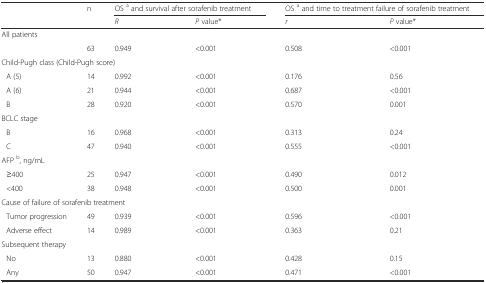
<table><thead><tr><td rowspan="2"></td><td rowspan="2"><b>n</b></td><td colspan="2"><b>OS <sup>a</sup> and survival after sorafenib treatment</b></td><td colspan="2"><b>OS <sup>a</sup> and time to treatment failure of sorafenib treatment</b></td></tr><tr><td><b><i>R</i></b></td><td><b><i>P</i> value*</b></td><td><b><i>r</i></b></td><td><b><i>P</i> value*</b></td></tr></thead><tbody><tr><td colspan="6">All patients</td></tr><tr><td></td><td>63</td><td>0.949</td><td>&lt;0.001</td><td>0.508</td><td>&lt;0.001</td></tr><tr><td colspan="6">Child-Pugh class (Child-Pugh score)</td></tr><tr><td>A (5)</td><td>14</td><td>0.992</td><td>&lt;0.001</td><td>0.176</td><td>0.56</td></tr><tr><td>A (6)</td><td>21</td><td>0.944</td><td>&lt;0.001</td><td>0.687</td><td>&lt;0.001</td></tr><tr><td>B</td><td>28</td><td>0.920</td><td>&lt;0.001</td><td>0.570</td><td>0.001</td></tr><tr><td colspan="6">BCLC stage</td></tr><tr><td>B</td><td>16</td><td>0.968</td><td>&lt;0.001</td><td>0.313</td><td>0.24</td></tr><tr><td>C</td><td>47</td><td>0.940</td><td>&lt;0.001</td><td>0.555</td><td>&lt;0.001</td></tr><tr><td colspan="6">AFP <sup>b</sup>, ng/mL</td></tr><tr><td>≥400</td><td>25</td><td>0.947</td><td>&lt;0.001</td><td>0.490</td><td>0.012</td></tr><tr><td>&lt;400</td><td>38</td><td>0.948</td><td>&lt;0.001</td><td>0.500</td><td>0.001</td></tr><tr><td colspan="6">Cause of failure of sorafenib treatment</td></tr><tr><td>Tumor progression</td><td>49</td><td>0.939</td><td>&lt;0.001</td><td>0.596</td><td>&lt;0.001</td></tr><tr><td>Adverse effect</td><td>14</td><td>0.989</td><td>&lt;0.001</td><td>0.363</td><td>0.21</td></tr><tr><td colspan="6">Subsequent therapy</td></tr><tr><td>No</td><td>13</td><td>0.880</td><td>&lt;0.001</td><td>0.428</td><td>0.15</td></tr><tr><td>Any</td><td>50</td><td>0.947</td><td>&lt;0.001</td><td>0.471</td><td>&lt;0.001</td></tr></tbody></table>